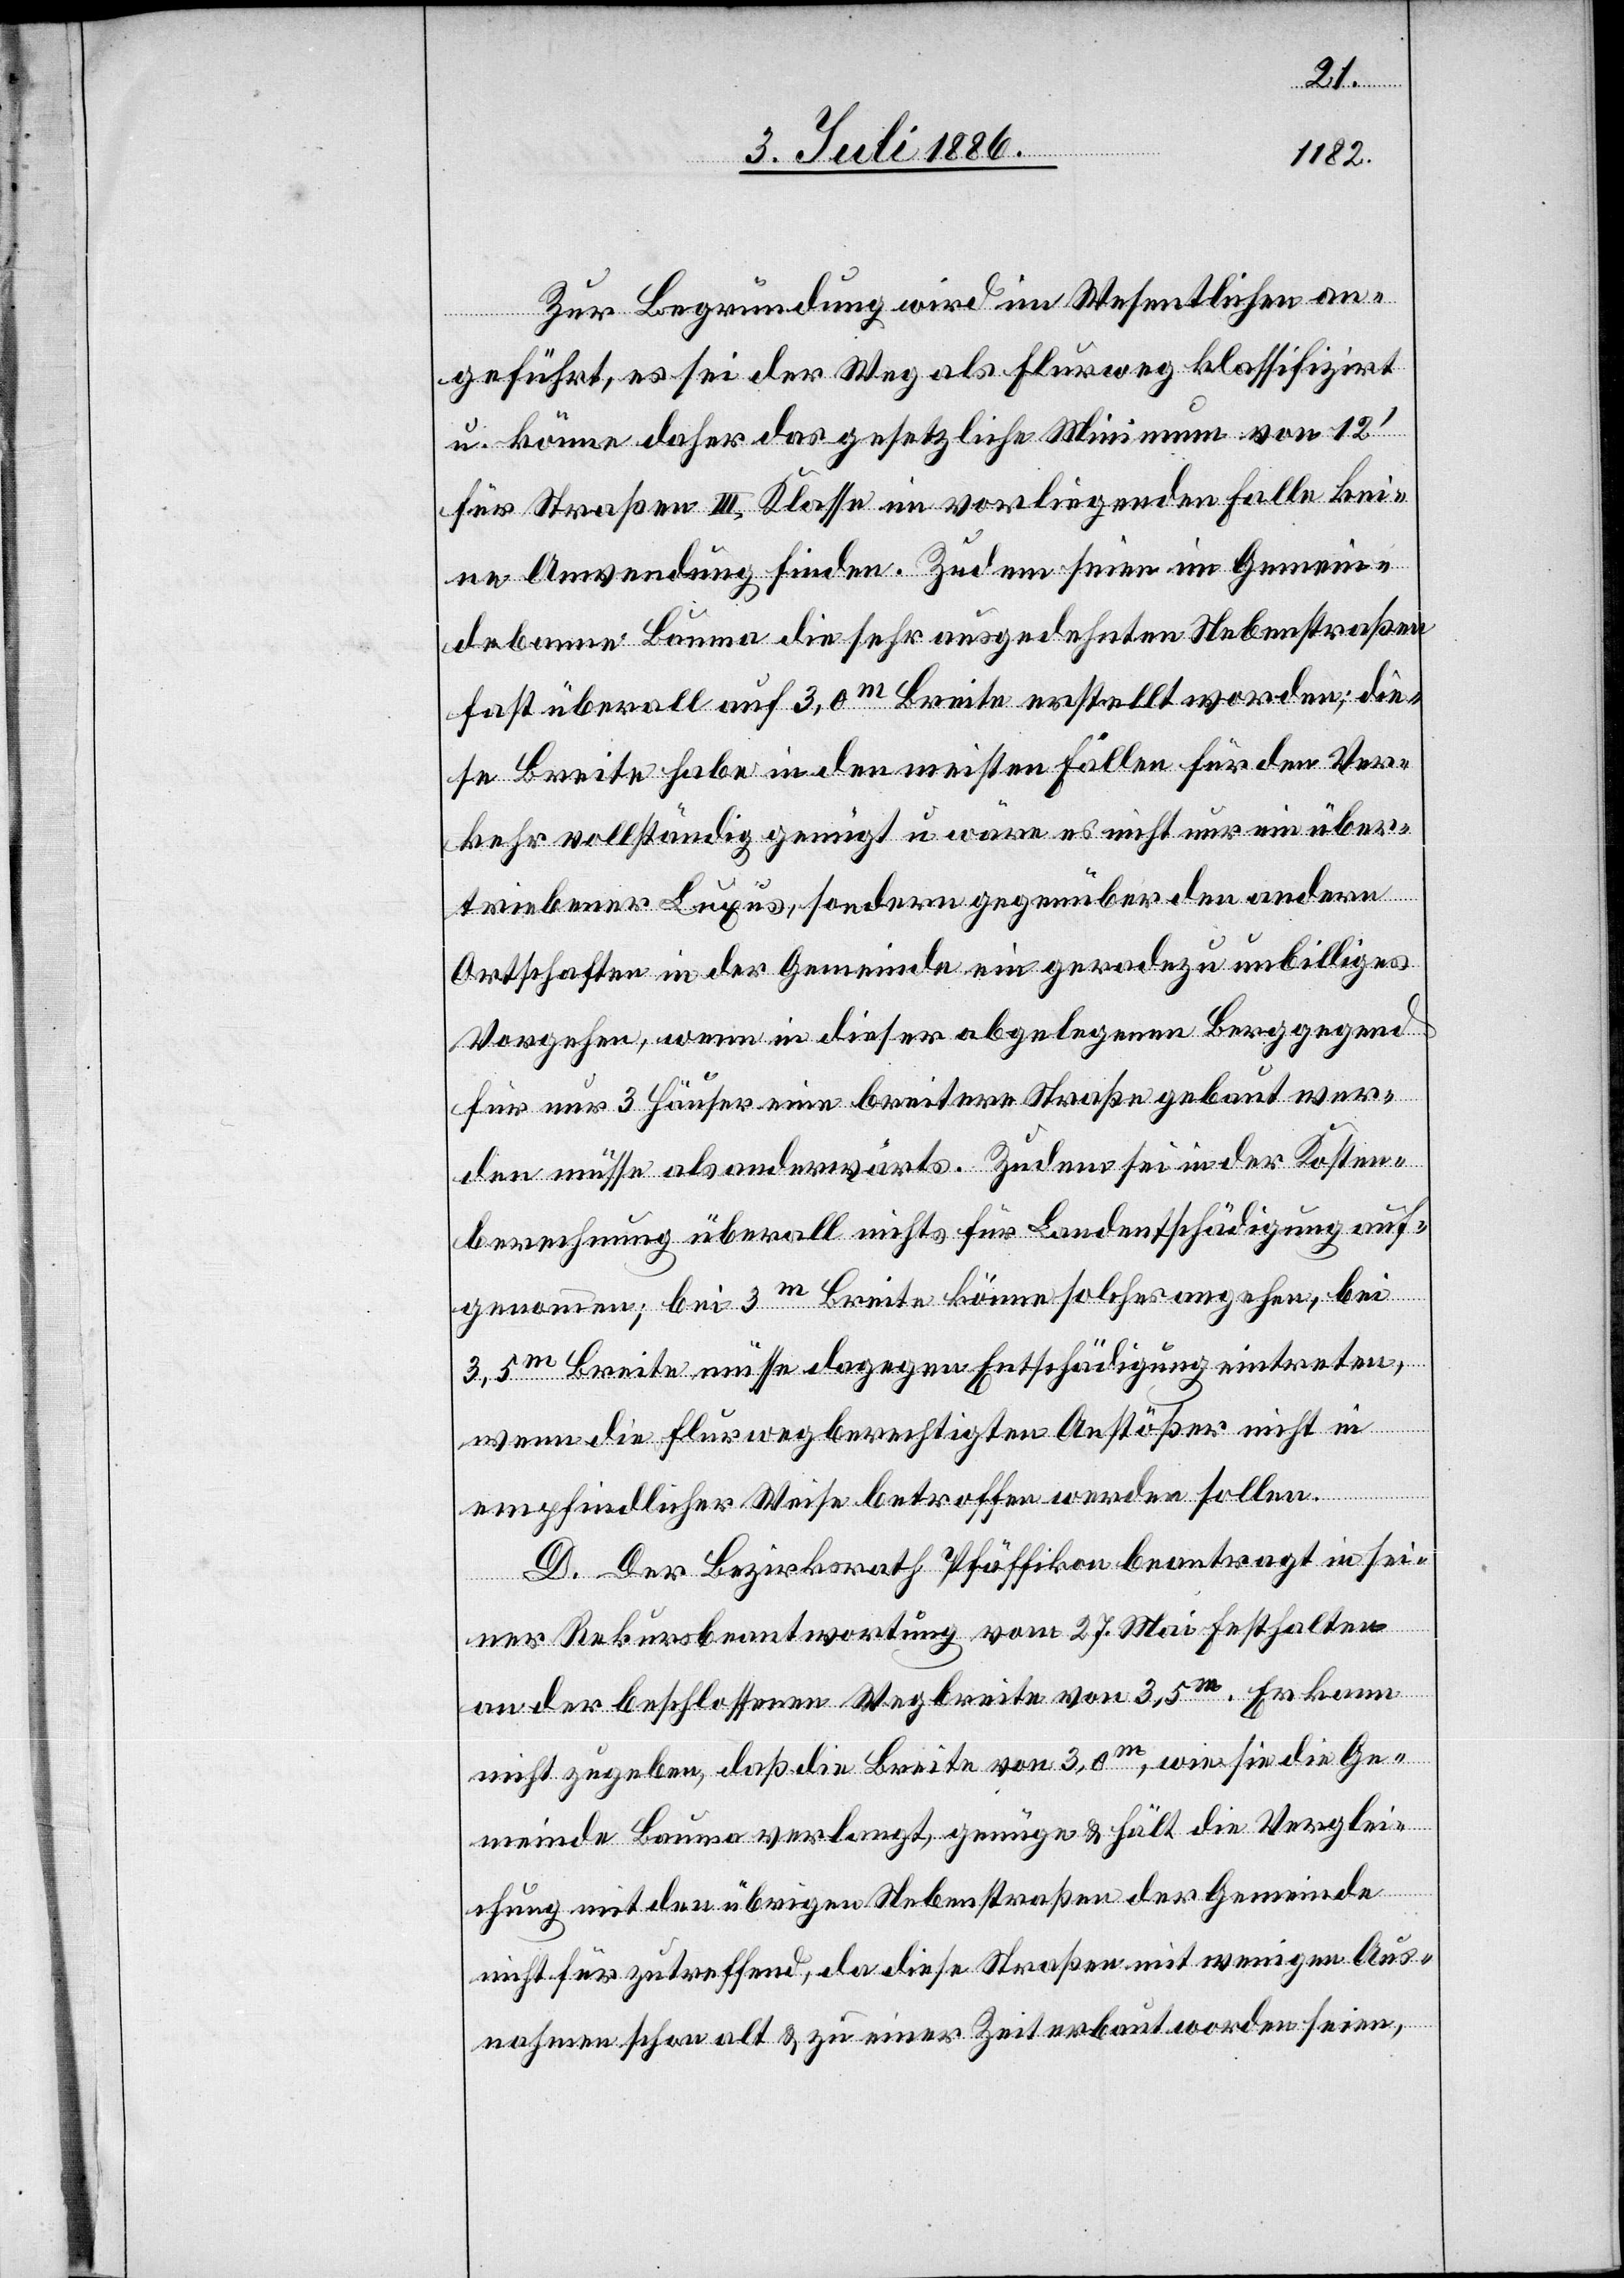
Zur Begründung wird im Wesentlichen an¬
geführt, es sei der Weg als Flurweg klassifizirt
u. könne daher das gesetzliche Minimum von 12‘
für Straßen III. Klasse im vorliegenden Falle kei¬
ne Anwendung finden. Zudem seien im Gemein¬
debanne Bauma die sehr ausgedehnten Nebenstraßen
fast überall auf 3,0m Breite erstellt worden; die¬
se Breite habe in den meisten Fällen für den Ver¬
kehr vollständig genügt u. wäre es nicht nur ein über¬
triebener Luxus, sondern gegenüber den andern
Ortschaften in der Gemeinde ein geradezu unbilliges
Vorgehen, wenn in dieser abgelegenen Berggegend
für nur 3 Häuser eine breitere Straße gebaut wer¬
den müsse als anderwärts. Zudem sei in der Kosten¬
berechnung überall nichts für Landentschädigung auf¬
genommen; bei 3m Breite könne solches angehen, bei
3,5m Breite müsse dagegen Entschädigung eintreten,
wenn die flurwegberechtigten Anstößer nicht in
empfindlicher Weise betroffen werden sollen.
D. Der Bezirksrath Pfäffikon beantragt in sei¬
ner Rekursbeantwortung vom 27. Mai Festhalten
an der beschlossenen Wegbreite von 3,5m. Er kann
nicht zugeben, daß die Breite von 3,0m, wie sie die Ge¬
meinde Bauma verlangt, genüge & hält die Verglei¬
chung mit den übrigen Nebenstraßen der Gemeinde
nicht für zutreffend, da diese Straßen mit wenigen Aus¬
nahmen schon alt & zu einer Zeit erbaut worden seien,